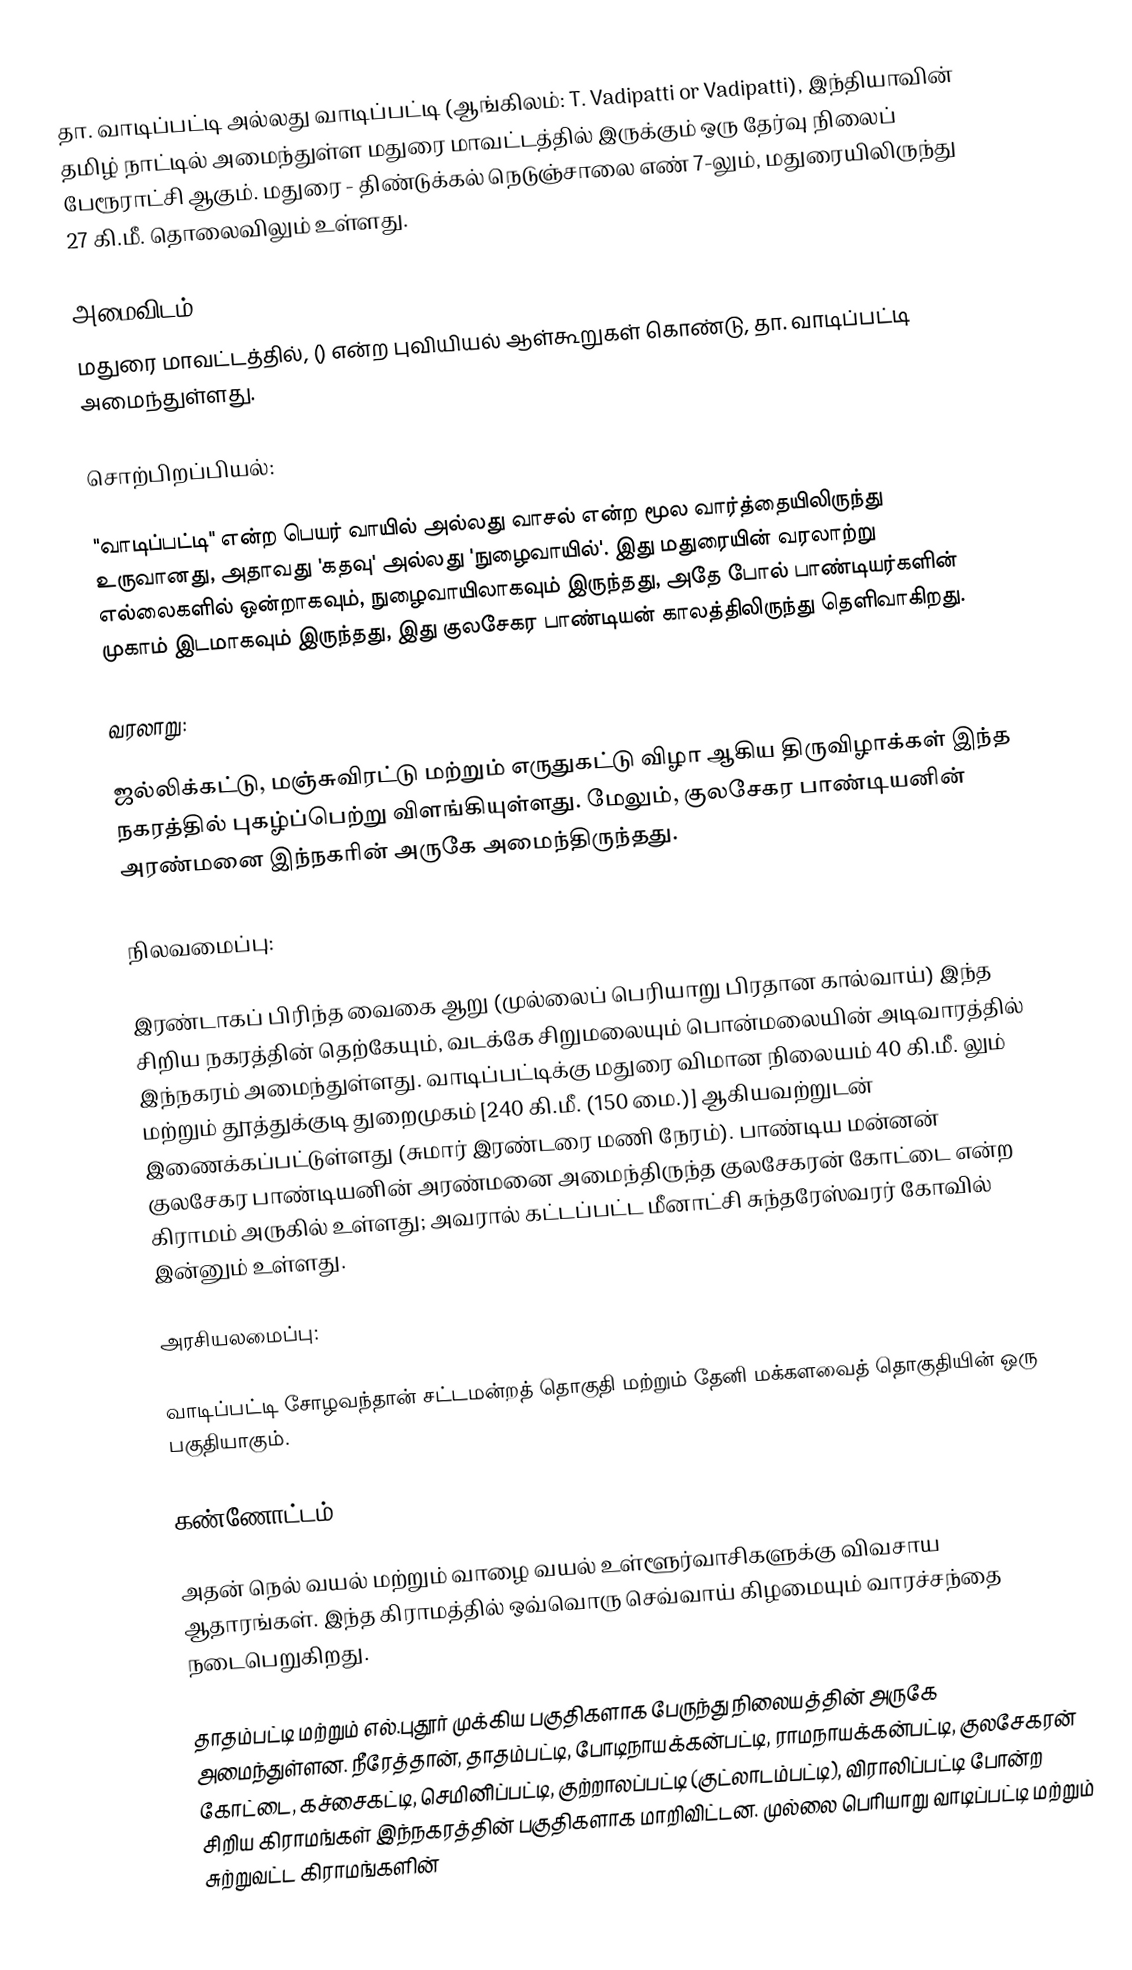
தா. வாடிப்பட்டி அல்லது வாடிப்பட்டி (ஆங்கிலம்: T. Vadipatti or Vadipatti), இந்தியாவின் தமிழ் நாட்டில் அமைந்துள்ள மதுரை மாவட்டத்தில் இருக்கும் ஒரு தேர்வு நிலைப் பேரூராட்சி ஆகும். மதுரை - திண்டுக்கல் நெடுஞ்சாலை எண் 7-லும், மதுரையிலிருந்து 27 கி.மீ. தொலைவிலும் உள்ளது.

அமைவிடம்
மதுரை மாவட்டத்தில், () என்ற புவியியல் ஆள்கூறுகள் கொண்டு, தா. வாடிப்பட்டி அமைந்துள்ளது.

சொற்பிறப்பியல்:

"வாடிப்பட்டி" என்ற பெயர் வாயில் அல்லது வாசல் என்ற மூல வார்த்தையிலிருந்து உருவானது, அதாவது 'கதவு' அல்லது 'நுழைவாயில்'.  இது மதுரையின் வரலாற்று எல்லைகளில் ஒன்றாகவும், நுழைவாயிலாகவும் இருந்தது, அதே போல் பாண்டியர்களின் முகாம் இடமாகவும் இருந்தது, இது குலசேகர பாண்டியன் காலத்திலிருந்து தெளிவாகிறது.

வரலாறு:

ஜல்லிக்கட்டு, மஞ்சுவிரட்டு மற்றும் எருதுகட்டு விழா ஆகிய திருவிழாக்கள் இந்த நகரத்தில் புகழ்ப்பெற்று விளங்கியுள்ளது. மேலும், குலசேகர பாண்டியனின் அரண்மனை இந்நகரின் அருகே அமைந்திருந்தது.

நிலவமைப்பு:

இரண்டாகப் பிரிந்த வைகை ஆறு (முல்லைப் பெரியாறு பிரதான கால்வாய்) இந்த சிறிய நகரத்தின் தெற்கேயும், வடக்கே சிறுமலையும் பொன்மலையின் அடிவாரத்தில் இந்நகரம் அமைந்துள்ளது. வாடிப்பட்டிக்கு மதுரை விமான நிலையம் 40 கி.மீ. லும் மற்றும் தூத்துக்குடி துறைமுகம் [240 கி.மீ. (150 மை.)] ஆகியவற்றுடன் இணைக்கப்பட்டுள்ளது  (சுமார் இரண்டரை மணி நேரம்). பாண்டிய மன்னன் குலசேகர பாண்டியனின் அரண்மனை அமைந்திருந்த குலசேகரன் கோட்டை என்ற கிராமம் அருகில் உள்ளது;  அவரால் கட்டப்பட்ட மீனாட்சி சுந்தரேஸ்வரர் கோவில் இன்னும் உள்ளது.

அரசியலமைப்பு:

வாடிப்பட்டி சோழவந்தான் சட்டமன்றத் தொகுதி மற்றும் தேனி மக்களவைத் தொகுதியின் ஒரு பகுதியாகும்.

கண்ணோட்டம்

அதன் நெல் வயல் மற்றும் வாழை வயல் உள்ளூர்வாசிகளுக்கு விவசாய ஆதாரங்கள்.  இந்த கிராமத்தில் ஒவ்வொரு செவ்வாய் கிழமையும் வாரச்சந்தை நடைபெறுகிறது.

தாதம்பட்டி மற்றும் எல்.புதூர் முக்கிய பகுதிகளாக பேருந்து நிலையத்தின் அருகே அமைந்துள்ளன.  நீரேத்தான், தாதம்பட்டி, போடிநாயக்கன்பட்டி, ராமநாயக்கன்பட்டி, குலசேகரன் கோட்டை, கச்சைகட்டி, செமினிப்பட்டி, குற்றாலப்பட்டி (குட்லாடம்பட்டி), விராலிப்பட்டி போன்ற சிறிய கிராமங்கள் இந்நகரத்தின் பகுதிகளாக மாறிவிட்டன.  முல்லை பெரியாறு வாடிப்பட்டி மற்றும் சுற்றுவட்ட கிராமங்களின்